Vaccination report Assam 1874-1896 - 1874-1896
Year: 1874
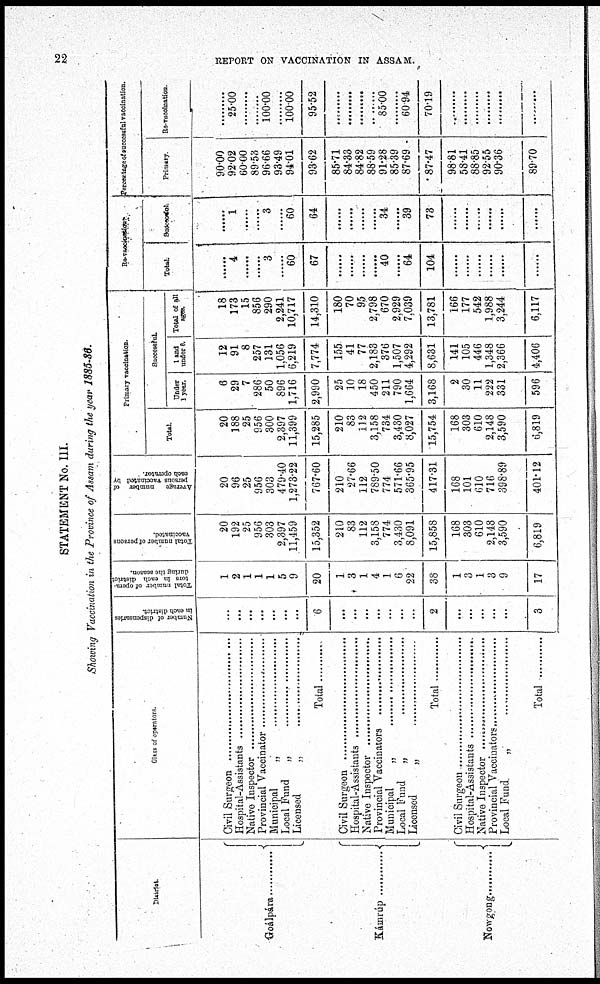
22
REPORT ON VACCINATION IN ASSAM.
STATEMENT No. III.
Showing Vaccination in the Province of Assam during the year 1885-86.
District.
Goápára ...............
Kámrúp ...............
Nowgong ............
Class of operators.
Civil Surgeon ..............................
Hospital-Assistant ...........................
Native Inspectors ..............................
Provincial Vaccinators ........................
Municipal „ ..............................
Local Fund „ ..............................
Licensed „ ..............................
Total
Civil Surgeon ..............................
Hospital-Assistant ...........................
Native Inspectors ..............................
Provincial Vaccinators ........................
Municipal „ ..............................
Local Fund „ ..............................
Licensed „ ..............................
Total .
Civil Surgeon ..............................
Hospital-Assistant ...........................
Native Inspectors ..............................
Provincial Vaccinators ........................
Local Fund „ ..............................
Total ............
Number of dispensaries
in each district.
...
...
...
...
...
...
...
6
...
...
...
...
... ...
...
2
...
...
...
...
...
3
Total number of opera-
tors in each district
during the season.
1
2
1
1
1
5
9
20
1
3
1
4
1
6
22
38
1
3
1
3
9
17
Total number of persons
vaccinated.
20
192
25
956
303
2,397
11,459
15,352
210
83
112
3,158
774
3,430
8,091
15,858
168
303
610
2,148
3,590
6,819
Average
number of
persons vaccinated by
each operator.
20
96
25
956
303
479.40
1,273.22
767.60
210
27.66
112
789.50
774
571.66
365.95
417.31
168
101
610
716
398.89
401.12
Primary vaccination.
Total.
20
188
25
956
300
2,397
11,399
15,285
210
83
112
3,158
734
3,430
8,027
15,754
168
303
610
2,148
3,590
6,819
Successful.
Under
1 year.
6
29
7
286
50
896
1,716
2,990
25
10
18
450
211
790
1,664
3,168
2
30
11
222
331
596
1 and
under 6.
12
91
8
257
131
1,056
6,219
7,774
155
41
77
2,183
376
1,507
4,292
8,631
141
105
446
1,348
2,366
4,406
Total of all
ages.
18
173
15
856
290
2,241
10,717
14,310
180
70
95
2,798
670
2,929
7,039
13,781
166
177
542
1,988
3,244
6,117
Re-vaccination.
Total
......
4
......
...... 3
...... 60
67
......
......
......
...... 40
...... 64
104
......
......
......
...... ......
......
Successful.
......
1
......
...... 3
...... 60
64
......
......
......
...... 34
...... 39
73
......
......
......
......
......
......
Percentage of successful vaccination.
Primary.
90.00
92.02
60.00
89.53
96.66
93.49
94.01
93.62
85.71
84.33
84.82
88.59
91.28
85.39
87.69
87.47
98.81
58.41
88.85
92.55
90.36
89.70
Re-vaccination.
......
25.00
......
...... 100.00
...... 100.00
95.52
......
......
......
...... 85.00
...... 60.94
70.19
......
......
......
......
......
......